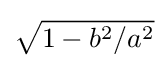
{\sqrt {1-b^{2}/a^{2}}}